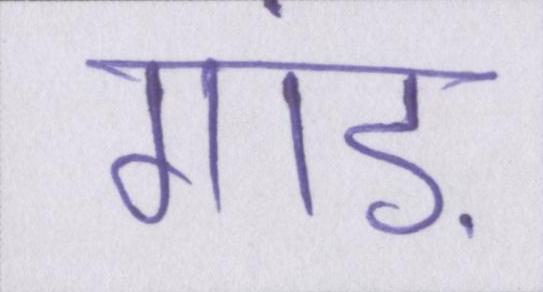
गांड़